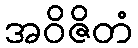
အဝိဇိတံ